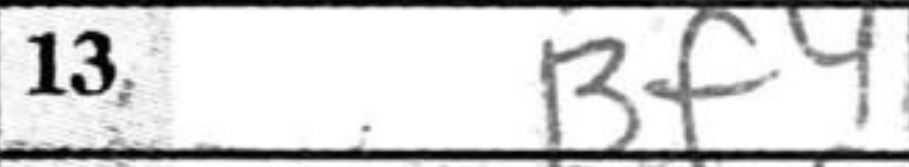
Transcription: Bf4